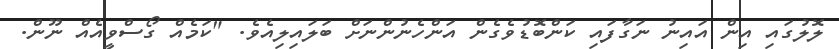
ލޮލުގައި އިން އައިނު ނަގާފައި ކަންބޮޑުވެގެން އަންހެނުންނަށް ބަލައިލިއެވެ. "ކަމެއް ގޯސްވީއެއް ނޫން.